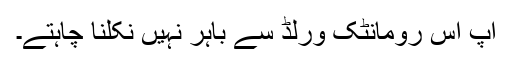
آپ اس رومانٹک ورلڈ سے باہر نہیں نکلنا چاہتے۔